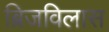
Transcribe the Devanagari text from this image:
ब्रिजविलास